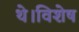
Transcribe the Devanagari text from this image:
थे।विशेष